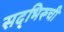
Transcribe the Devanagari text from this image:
सद्‌भिरूची